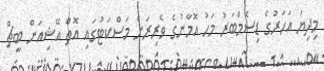
މިދިޔަ އަހަރުގެ ޑިސެމްބަރު މަހު އޮމާނުގެ ވެރިރަށް މަސްކަޓުގައި އޮތް އޭޝިއަން ބީޗް